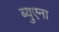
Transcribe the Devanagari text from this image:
ब्युएना